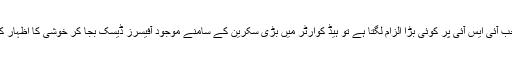
سنا ہے جب آئی ایس آئی پر کوئی بڑا الزام لگتا ہے تو ہیڈ کوارٹر میں بڑی سکرین کے سامنے موجود آفیسرز ڈیسک بجا کر خوشی کا اظہار کرتے ہیں۔